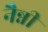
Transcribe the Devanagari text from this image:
नैन्नी